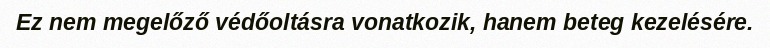
Ez nem megelőző védőoltásra vonatkozik, hanem beteg kezelésére.